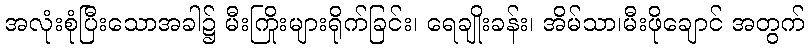
အလုံးစုံပြီးသောအခါ၌ မီးကြိုးများရိုက်ခြင်း၊ ရေချိုးခန်း၊ အိမ်သာ၊မီးဖိုချောင် အတွက်